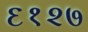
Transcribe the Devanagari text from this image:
६१२७